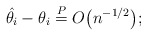
\begin{gather*}\hat{\theta_i} - \theta_i \overset{P}= O\bigl(n^{-1/2}\bigr);\end{gather*}